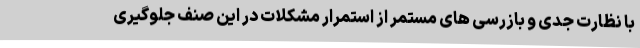
با نظارت جدی و بازرسی های مستمر از استمرار مشکلات در این صنف جلوگیری